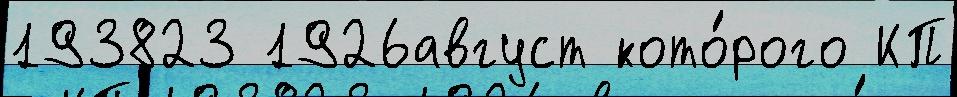
193823 1926август кото́рого КП